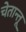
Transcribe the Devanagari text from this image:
चेतान्तू